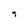
Character: 9